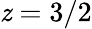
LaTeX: \mathit{z}=3/2